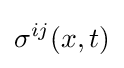
\sigma ^{ij}(x,t)